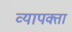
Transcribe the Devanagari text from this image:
व्यापक्ता